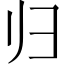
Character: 归